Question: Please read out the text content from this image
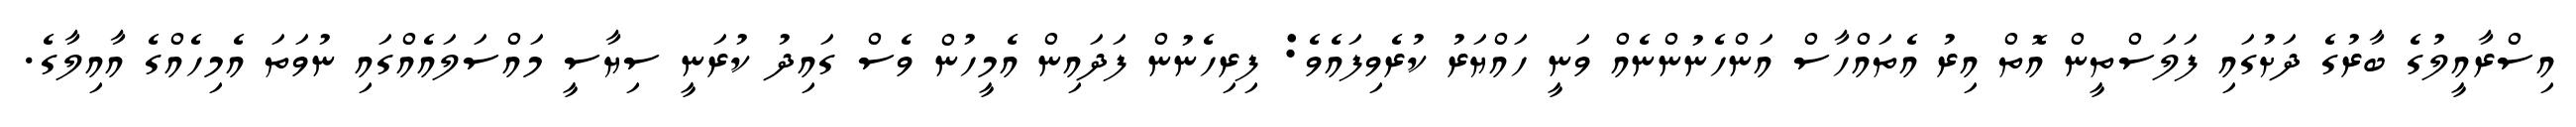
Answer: އިސްރާއީލުގެ ބާރުގެ ދަށުގައި ފަލަސްތީން އޮތް އިރު އެތައްހާސް އަންހެނުންނެއް ވަނީ ހައްޔަރު ކުރެވިފައެވެ: ފިރިހެނުން ފަދައިން އެމީހުން ވެސް ގައިދު ކުރަނީ ސިޔާސީ މައްސަލައެއްގައި ނުވަތަ އެމިހެއްގެ އާއިލާގެ.